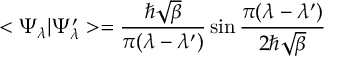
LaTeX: < \Psi _ { \lambda } \vert \Psi _ { \lambda } ^ { \prime } > = \frac { \hbar \sqrt { \beta } } { \pi ( \lambda - \lambda ^ { \prime } ) } \sin { \frac { \pi ( \lambda - \lambda ^ { \prime } ) } { 2 \hbar \sqrt { \beta } } }